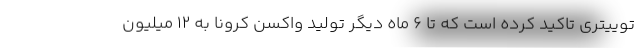
توییتری تاکید کرده است که تا ۶ ماه دیگر تولید واکسن کرونا به ۱۲ میلیون